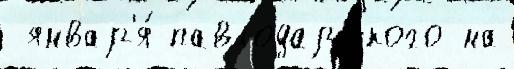
 январ'я́ павлодарского на